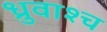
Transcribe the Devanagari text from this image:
ध्रुवाश्च